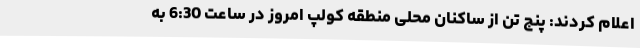
اعلام کردند: پنج تن از ساکنان محلی منطقه کولپ امروز در ساعت 6:30 به